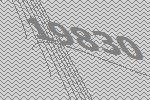
19830